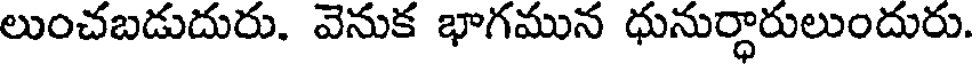
లుంచబడుదురు. వెనుక భాగమున ధునుర్ధారులుందురు.